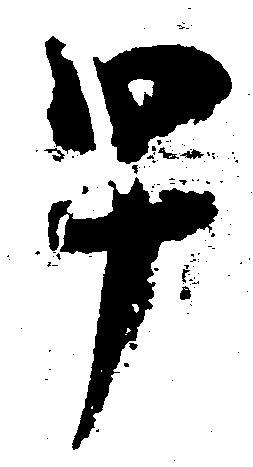
早